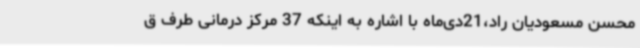
محسن مسعودیان راد،21دی‌ماه با اشاره به اینکه 37 مرکز درمانی طرف ق